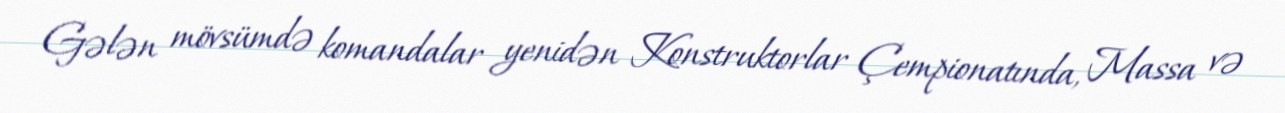
Gələn mövsümdə komandalar yenidən Konstruktorlar Çempionatında, Massa və